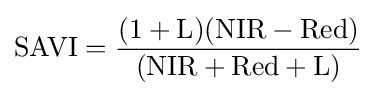
{\mbox{SAVI}}={\frac {({\mbox{1}}+{\mbox{L}})({\mbox{NIR}}-{\mbox{Red}})}{({\mbox{NIR}}+{\mbox{Red}}+{\mbox{L}})}}